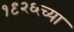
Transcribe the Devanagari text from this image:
१९२६च्या